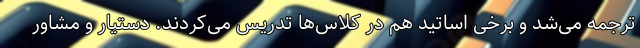
ترجمه می‌شد و برخی اساتید هم در کلاس‌ها تدریس می‌کردند. دستیار و مشاور